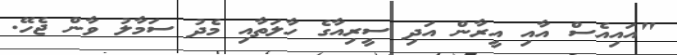
"އައިއެސް އާއި އީރާން އަދި ސީރިއާގެ ހާލަތާއި މެދު ސަމާލު ވާން ޖެހޭ.